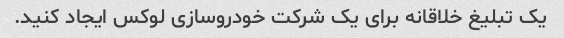
یک تبلیغ خلاقانه برای یک شرکت خودروسازی لوکس ایجاد کنید.